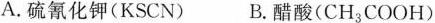
A.硫氰化钾(KSCN) B.醋酸(CH_{3}COOH)